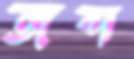
জব্দ